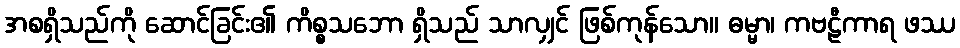
အစရှိသည်ကို ဆောင်ခြင်း၏ ကိစ္စသဘော ရှိသည် သာလျှင် ဖြစ်ကုန်သော။ ဓမ္မာ၊ ကဗဠီကာရ ဖဿ